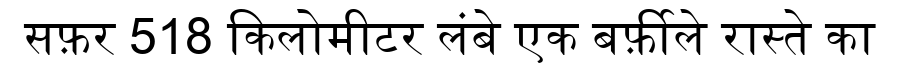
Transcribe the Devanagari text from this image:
सफ़र 518 किलोमीटर लंबे एक बर्फ़ीले रास्ते का